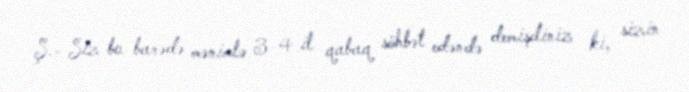
Ş.- Siz bu barədə mənimlə 3-4 il qabaq söhbət edəndə demişdiniz ki, sizin